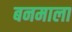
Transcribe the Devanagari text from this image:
बनमाला